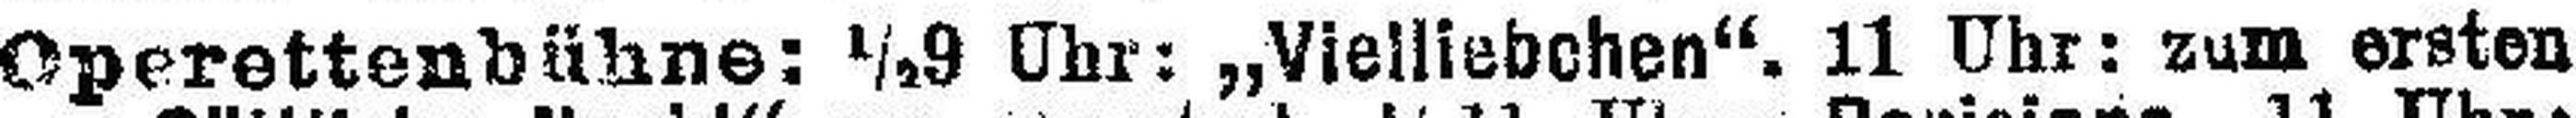
Operettenbühne: ½9 Uhr: „Vielliebchen“. 11 Uhr: zum ersten